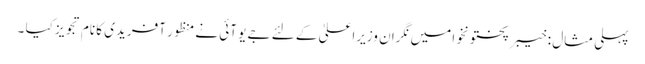
پہلی مثال : خیبر پختونخوا میں نگران وزیراعلیٰ کے لئے جے یو آئی نے منظور آفریدی کا نام تجویز کیا ۔